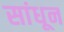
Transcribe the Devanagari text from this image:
सांधून